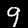
Label: 9